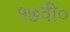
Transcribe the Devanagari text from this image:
१७वी०